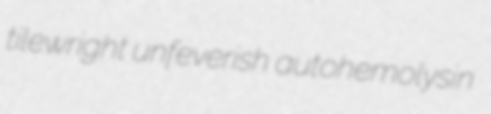
tilewright unfeverish autohemolysin